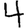
Digit: 4